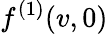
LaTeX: f^{(1)}(v,0)